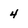
Character: 4